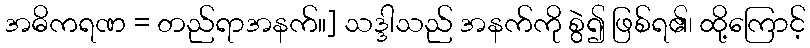
အဓိကရဏ = တည်ရာအနက်။] သဒ္ဒါသည် အနက်ကို စွဲ၍ ဖြစ်ရ၏၊ ထို့ကြောင့်